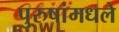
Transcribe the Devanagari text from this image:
पुरुषांमधले